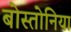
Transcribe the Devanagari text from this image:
बोस्तोनिया